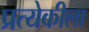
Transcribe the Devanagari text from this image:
प्रत्येकीला